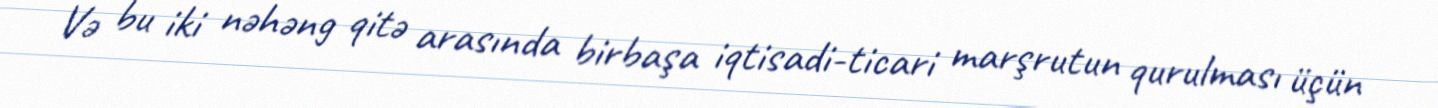
Və bu iki nəhəng qitə arasında birbaşa iqtisadi-ticari marşrutun qurulması üçün